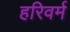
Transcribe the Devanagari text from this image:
हरिवर्म